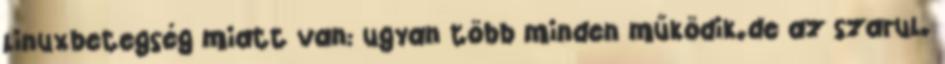
linuxbetegség miatt van: ugyan több minden működik.de az szarul.